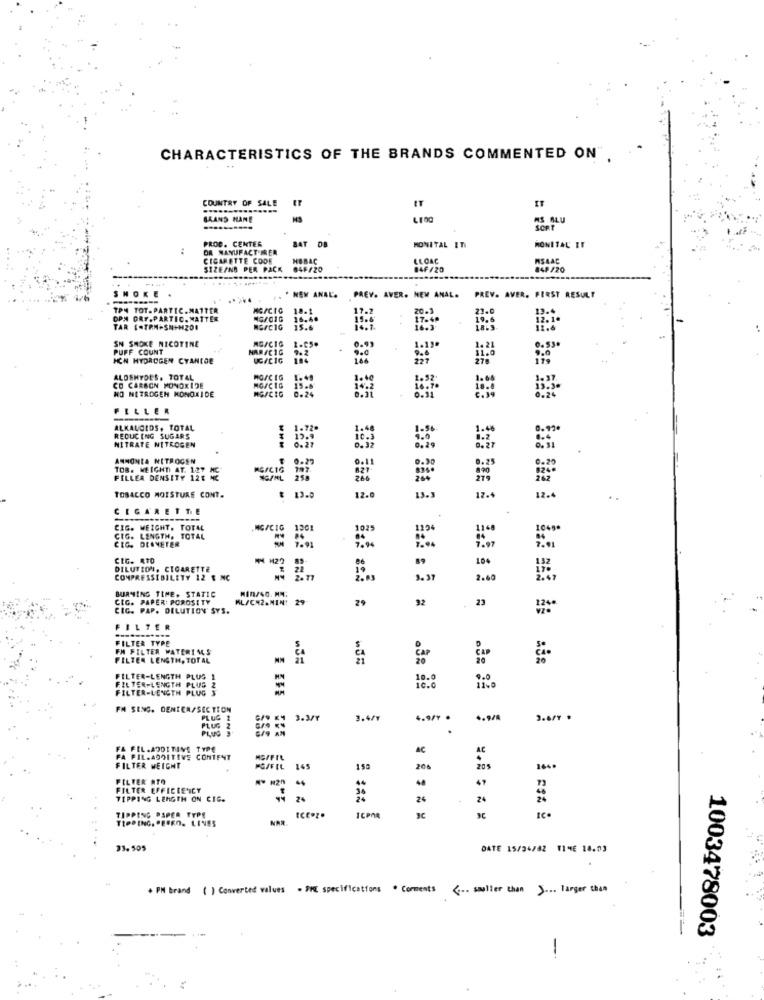
CHARACTERISTICS OF THE BRANDS COMMENTED ON".
COUNTRY OF SALE
ET
SKAND HANE
AS BLU
SORT
PROC. CENTER
BAT DB
HONITAL ITI
MONITAL IT
:
DR MANUFACT IREN
CIGARETTE CODE
HOBAC
LECAC
ISAAC
$12E/NO PER PACK
84F/20
84F/20
848/20
SHORE
---
. NEM ANAL'.
PREY. AVER. NEM ANAL.
PREV. AVER. FIRST RESULT
TPM TOT.PARTIC.MATTER
18.1
20.3
22.0
19.4
OPN ORT.PARTIC. MATTER
19.6
TAR (.TRM-SN+HZ01
MG/C1G
15.6
SN SMOKE NICOTINE
MG/CIG
PUFF COUNT
NARACIG
0.99
HON HYDROGEN CYANIDE
UGACIG
ALOSHYDES. TOTAL
MOSCIG
CO CARBON MONOXIDE
NO NITROGEN MONOXIDE
MG/CIG
FILLER
ALKAUCIDS, TOTAL
1.72.
1.56
REDUCING SUGARS
NITRATE NITROGEN
AMMONIA NITROGEN
TOB. WEIGHTI AT. 127
8.25
FILLER DENSITY 12$ NC
# 13.0
TOBACCO MOISTURE CONT.
12.0
13.
12.
CIGARETTE
CIG. WEIGHT. TOTAL
HCICIG
1301
102
119
CIG. DESHETER
CIG. LENGTH. TOTAL
CIG. R70
IM M22
DILUTION. CIGARETTE
104
COMPRESSIBILITY 12 T NC
2. 17
3. 37
2.60
BURNING TIME. STATIC
CIG. PAPER: POROSITY
ML/C42.MIN: 29-
29
92
. 23
CIG. PAP. DILUTION SYS.
124
FILTER
FILTER TYPE
FM FILTER MATERI MAS
FILTER LENGTH, TOTAL
FILTER-LENGTH PLUS 1
FILTER-LENGTH PLUS 2
FILTER-LENGTH PLUG
E EFE
FM SENG. DENIER/SECTION
PLUG 1
EN EX 3.3/T
3.4/7
4.9/1 .
-. 9/8
3.6/7 .
PLUG 2
PLUS "
FA FEL.ADDITIVE TYPE
AC
AC
FA FIL.ADDITIVE CONTENT
FILTER WEIGHT
POSFIL
145
200
FILTER ATO
48
47
FILTER EFFICIENCY
TIPPING LENGTH ON CIG.
24
24
24
20
TIPPING PAPER TYPE
TRADING, "FIED. LINES
NAR
ICE.z.
ICPOR
33.505
DATE 15/34/42 TIME 18.03
+ PM brand ( ) Converted values - DVE specifications . Comments .. smaller than J ... larger than
1003478003
-